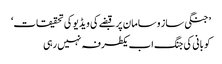
’جنگی ساز و سامان پر قبضے کی ویڈیو کی تحقیقات‘
کوبانی کی جنگ اب یکطرفہ نہیں رہی